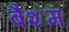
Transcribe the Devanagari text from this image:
बैशम